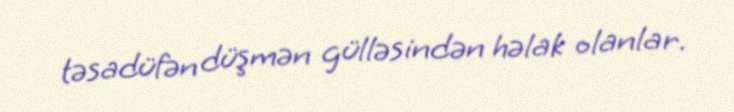
təsadüfən düşmən gülləsindən həlak olanlar.